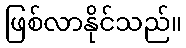
ဖြစ်လာနိုင်သည်။